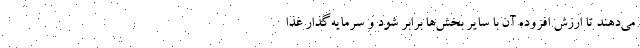
می‌دهند تا ارزش افزوده آن با سایر بخش‌ها برابر شود و سرمایه‌گذار غذا